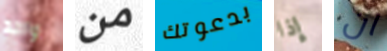
واحد من بدعوتك إذا ان